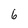
Character: 6